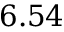
6 . 5 4